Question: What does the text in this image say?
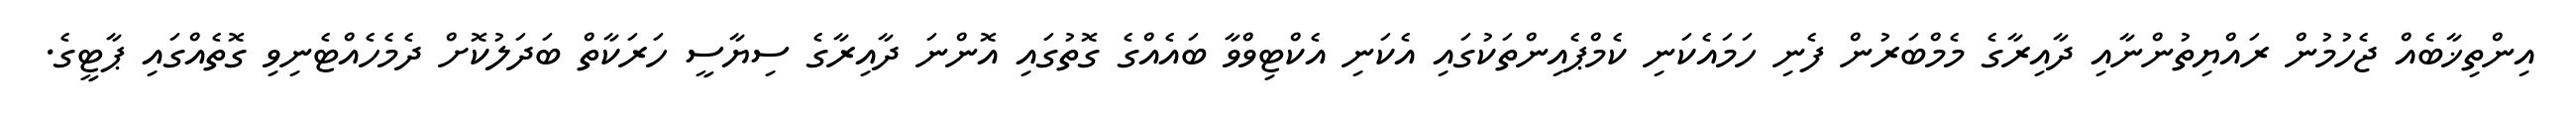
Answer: އިންތިޚާބެއް ޖެހުމުން ރައްޔިތުންނާއި ދާއިރާގެ މެމްބަރުން ފެނި ހަމައެކަނި ކެމްޕެއިންތަކުގައި އެކަނި އެކްޓިވްވާ ބައެއްގެ ގޮތުގައި އޮންނަ ދާއިރާގެ ސިޔާސީ ހަރަކާތް ބަދަލުކޮށް ދެމެހެއްޓެނިވި ގޮތެއްގައި ޕާޓީގެ.